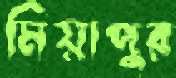
মিয়াপুর